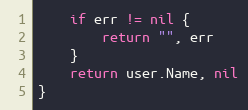
Language: Go
	if err != nil {
		return "", err
	}
	return user.Name, nil
}